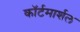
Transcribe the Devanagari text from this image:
काॅर्टमार्शल